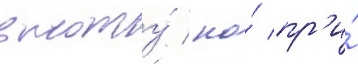
высоту́ / но́ пр'и́